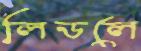
লিডলে